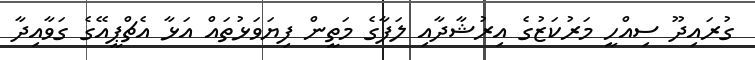
ގުރައިދޫ ސިއްހީ މަރުކަޒުގެ އިރުޝާދާއި ލަފާގެ މަތީން ފިޔަވަޅުތައް އަޅާ އެޗްޕީއޭގެ ގަވާއިދާ